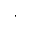
,